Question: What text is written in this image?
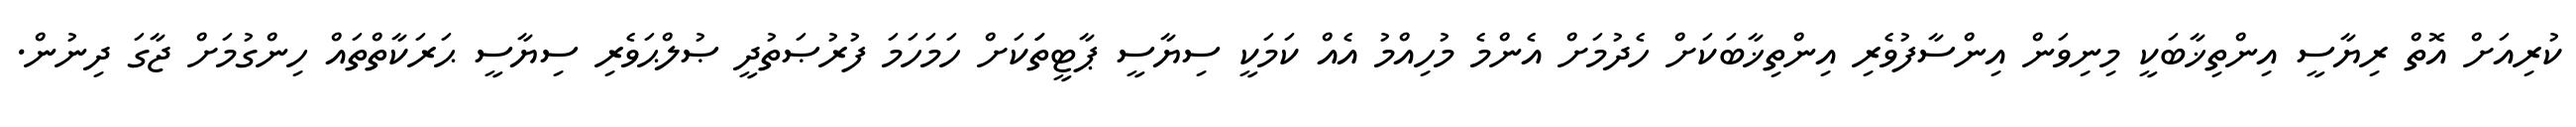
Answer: ކުރިއަށް އޮތް ރިޔާސީ އިންތިޚާބަކީ މިނިވަން އިންސާފުވެރި އިންތިޚާބަކަށް ހެދުމަށް އެންމެ މުހިއްމު އެއް ކަމަކީ ސިޔާސީ ޕާޓީތަަކަށް ހަމަހަމަ ފުރުޞަތުދީ ޞުލްޙަވެރި ސިޔާސީ ޙަރަކާތްތައް ހިންގުމަށް ޖާގަ ދިނުން.